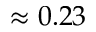
\approx 0 . 2 3